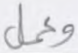
وعمل